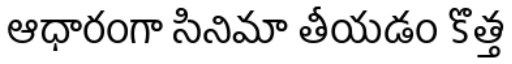
ఆధారంగా సినిమా తీయడం కొత్త